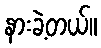
နားခဲ့တယ်။